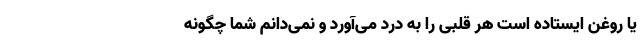
یا روغن ایستاده است هر قلبی را به درد می‌آورد و نمی‌دانم شما چگونه